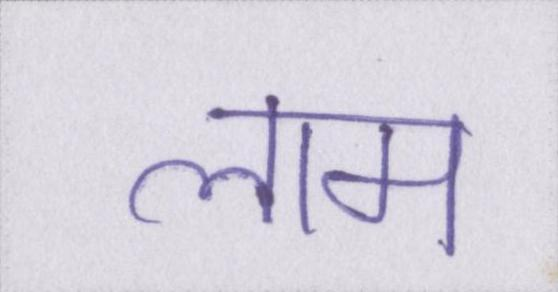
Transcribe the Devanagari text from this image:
लाम